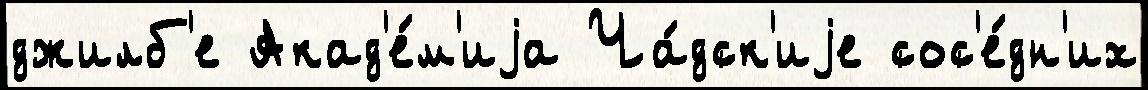
джилб'е Акад'е́м'иjа Ча́дск'иjе сос'е́дн'их